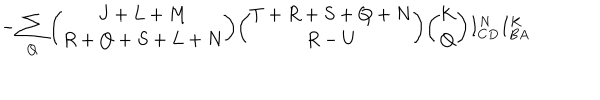
LaTeX: - \sum _ { Q } { \binom { J + L + M } { R + Q + S + L + N } } { \binom { T + R + S + Q + N } { R - U } } { \binom { K } { Q } } I _ { C D } ^ { N } I _ { B A } ^ { K }